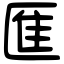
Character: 龨